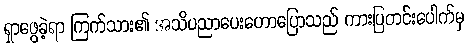
ရှာဖွေခဲ့ရာ ကြက်သား၏ အသိပညာပေးဟောပြောသည် ကားပြတင်းပေါက်မှ